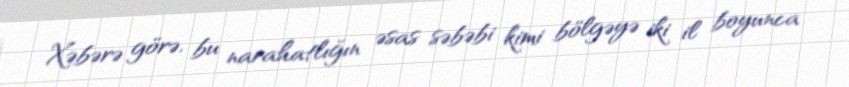
Xəbərə görə, bu narahatlığın əsas səbəbi kimi bölgəyə iki il boyunca